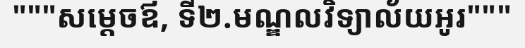
"""សម្តេចឪ, ទី២.មណ្ឌលវិទ្យាល័យអូរ"""